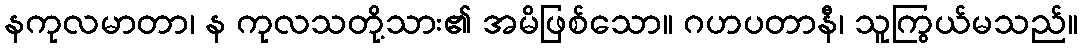
နကုလမာတာ၊ န ကုလသတို့သား၏ အမိဖြစ်သော။ ဂဟပတာနီ၊ သူကြွယ်မသည်။